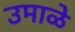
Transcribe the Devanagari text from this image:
उमाळे